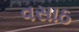
વસાઠ